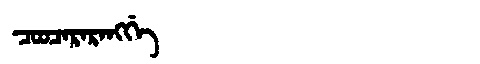
Manchu: ᠴᠣᠣᠴᠠᡵᠠᡵᠠᠩᡤᡝ
Romanization: COOCARARANGGE